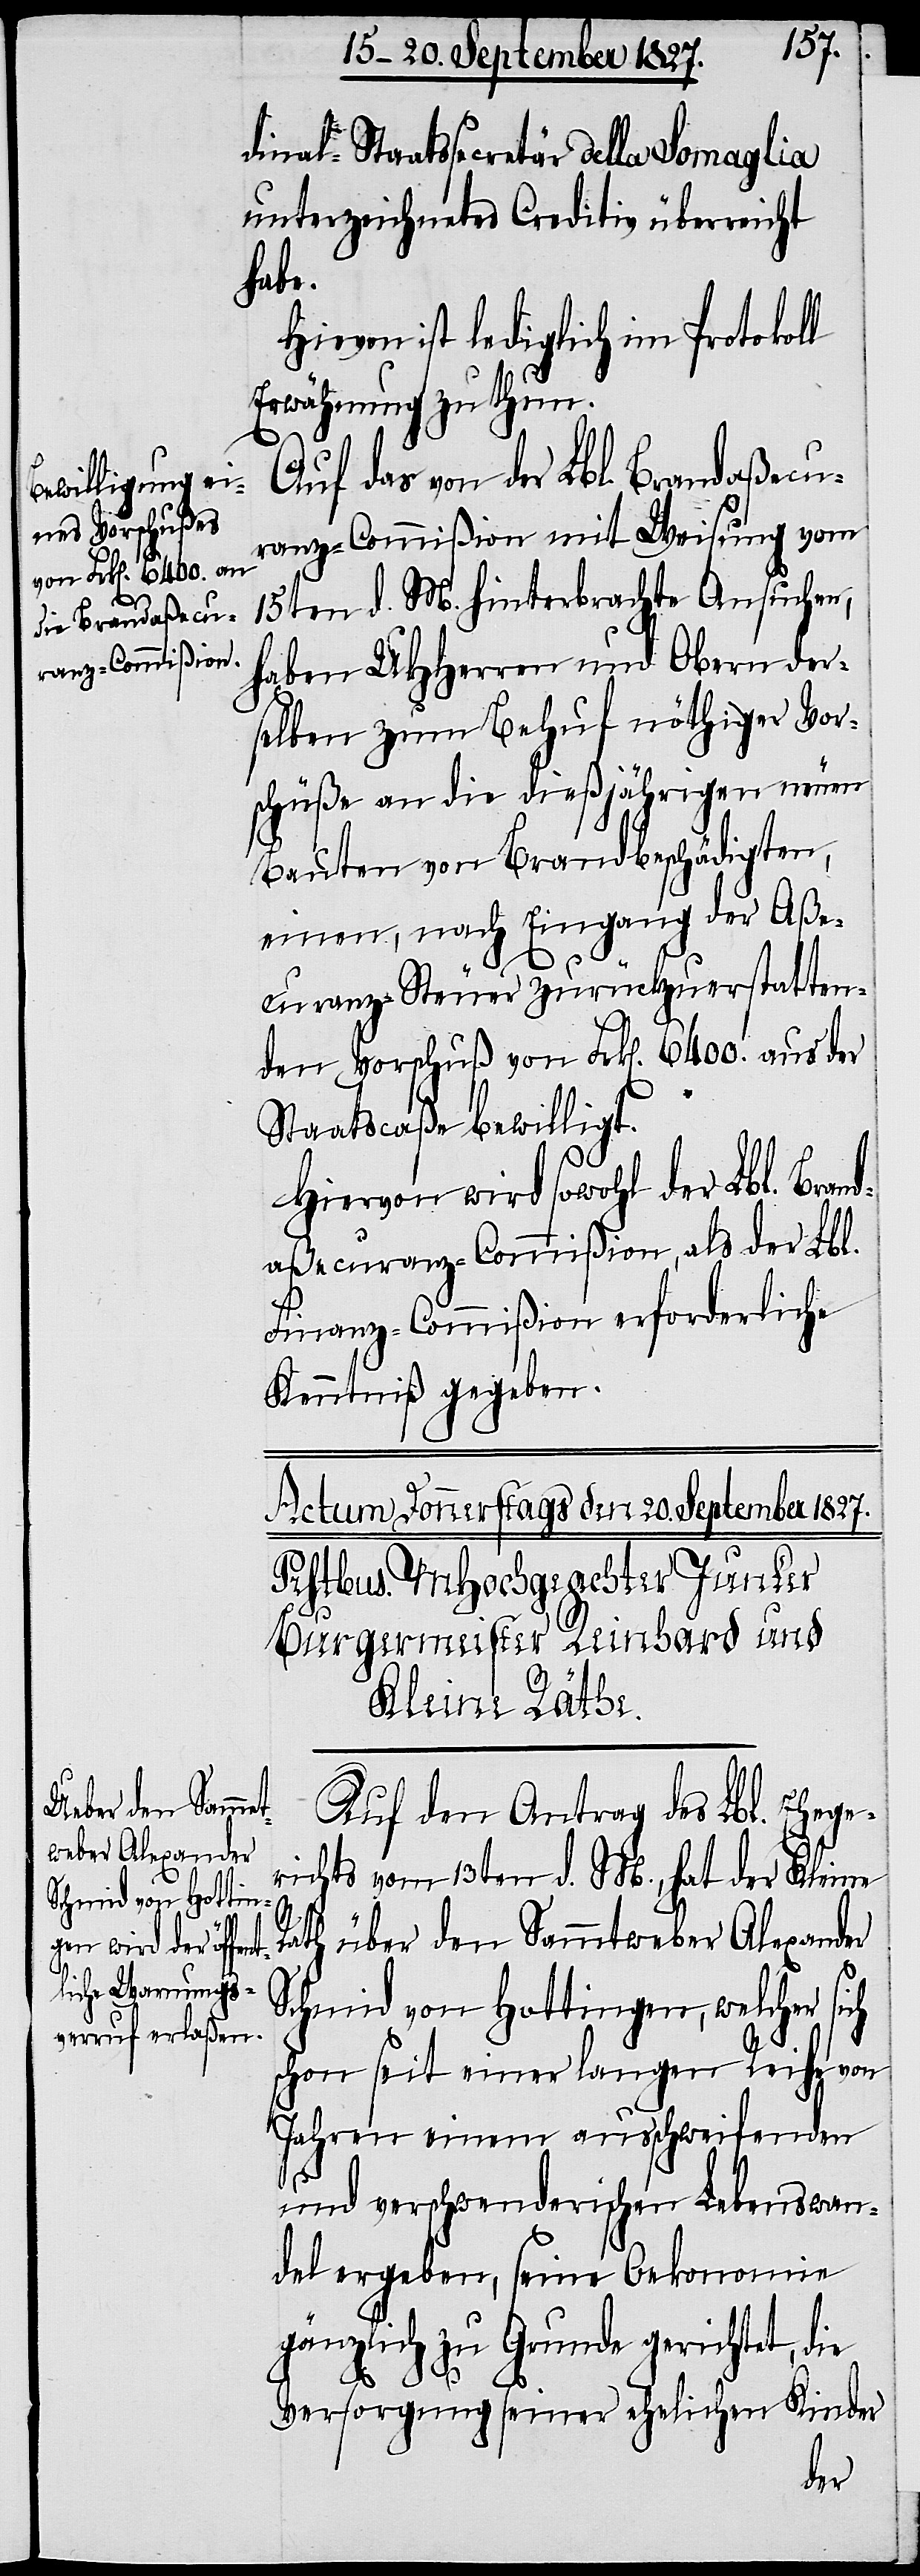
dinal-Staatssecretär della Somaglia
unterzeichnetes Creditiv überreicht
habe.
Hiervon ist lediglich im Protokoll
Erwähnung zu thun.
Auf das von der Lbl. Brandaßecu¬
ranz-Commißion mit Weisung vom
15ten d. M. hinterbrachte Ansuchen,
haben UHHerren und Obern der¬
selben zum Behuf nöthiger Vor¬
schüße an die dießjährigen neuen
Bauten von Brandbeschädigten,
einen, nach Eingang der Aße¬
curanz-Steuer zurückzuerstatten¬
den Vorschuß von Frk[en]. 6400. aus der
Staatscaße bewilligt.
Hiervon wird sowohl der Lbl. Brand¬
aßecuranz-Commißion, als der Lbl.
Finanz-Commißion erforderliche
Kenntniß gegeben.
Auf den Antrag des Lbl. Ehege¬
richts vom 13ten d. M., hat der Kleine
Rath über den Sammtweber Alexander
Schmid von Hottingen, welcher sich
schon seit einer langen Reihe von
Jahren einem ausschweifenden
und verschwenderischen Lebenswan¬
del ergeben, seine Oekonomie
gänzlich zu Grunde gerichtet, die
Versorgung seiner ehelichen Kinder